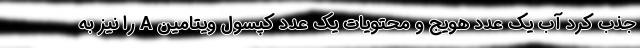
جذب کرد آب یک عدد هویج و محتویات یک عدد کپسول ویتامین A را نیز به